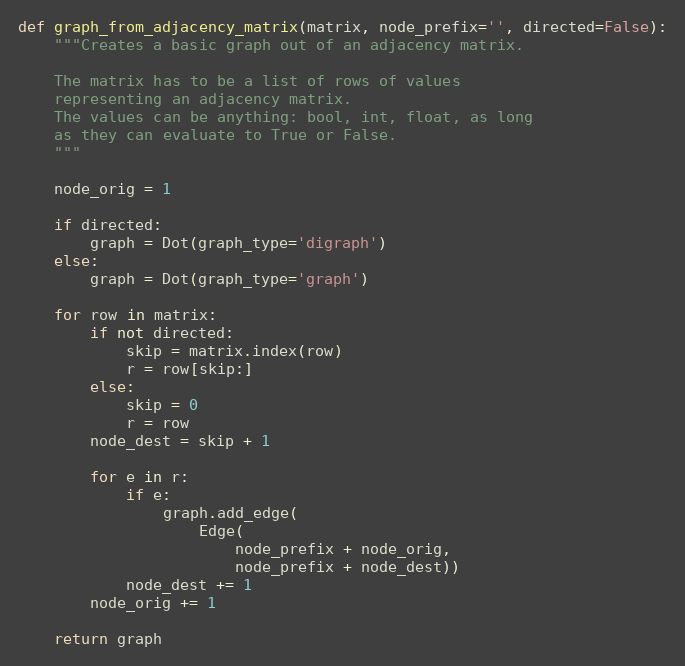
Language: Python
def graph_from_adjacency_matrix(matrix, node_prefix='', directed=False):
    """Creates a basic graph out of an adjacency matrix.

    The matrix has to be a list of rows of values
    representing an adjacency matrix.
    The values can be anything: bool, int, float, as long
    as they can evaluate to True or False.
    """

    node_orig = 1

    if directed:
        graph = Dot(graph_type='digraph')
    else:
        graph = Dot(graph_type='graph')

    for row in matrix:
        if not directed:
            skip = matrix.index(row)
            r = row[skip:]
        else:
            skip = 0
            r = row
        node_dest = skip + 1

        for e in r:
            if e:
                graph.add_edge(
                    Edge(
                        node_prefix + node_orig,
                        node_prefix + node_dest))
            node_dest += 1
        node_orig += 1

    return graph